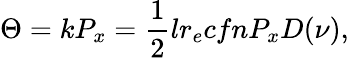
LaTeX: \Theta=kP_{x}=\frac{1}{2}lr_{e}cfnP_{x}D(\nu),